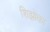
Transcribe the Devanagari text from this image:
शिझोका